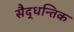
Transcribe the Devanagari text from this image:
सैद्धन्तिक